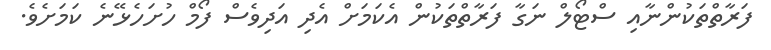
ފަރާތްތަކުންނާއި ސްޓޯލް ނަގާ ފަރާތްތަކުން އެކަމަށް އެދި އަދިވެސް ފޯމް ހުށަހެޅޭނެ ކަމަށެވެ.